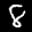
Label: 8